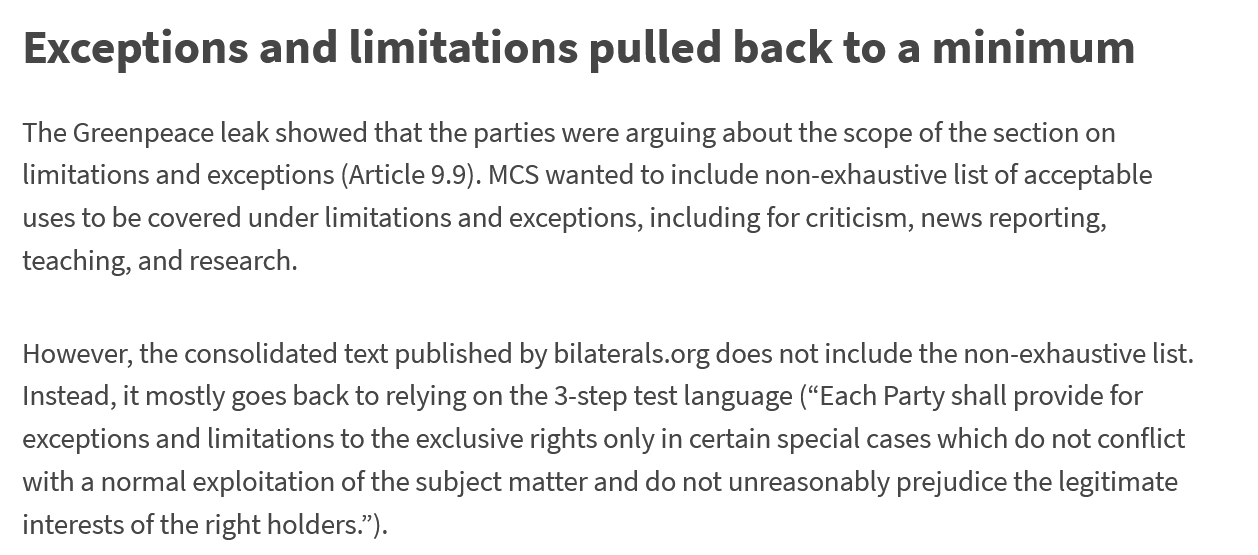
The Greenpeace leak showed that the parties were arguing about the scope of the section on
  limitations and exceptions (Article 9.9). MCS wanted to include non-exhaustive list of acceptable
  uses to be covered under limitations and exceptions, including for criticism, news reporting,
  teaching, and research.
  However, the consolidated text published by bilaterals.org does not include the non-exhaustive list.
  Instead, it mostly goes back to relying on the 3-step test language (“Each Party shall provide for
  exceptions and limitations to the exclusive rights only in certain special cases which do not conflict
  with a normal exploitation of the subject matter and do not unreasonably prejudice the legitimate
  interests of the right holders.”).
  Exceptions    and    limitations    pulled    back    to  a  minimum